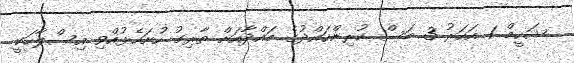
ޝަހީމް 1 އަހަރު 3 މަސް ކުރިންހައްދުގެ މައްދާއަށް ތާރިގު ހުށަހެޅުއްވި އިސްލާހަކީ